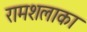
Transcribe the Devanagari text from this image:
रामशलाका